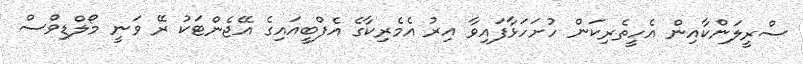
ސްރީލަންކާއިން އެހީތެރިކަން ހުށަހަޅާފައިވާ އިރު އެމެރިކާގެ އެފްބީއައިގެ އޭޖެންޓަކު ރޭ ވަނީ މޯލްޑިވްސް